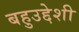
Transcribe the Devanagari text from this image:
बहुउद्देशी